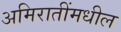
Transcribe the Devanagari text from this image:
अमिरातींमधील